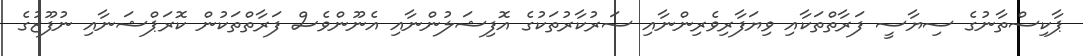
ޕާކިސްތާނުގެ ސިޔާސީ ފަރާތްތަކާއި ވިޔަފާރިވެރިންނާއި ސަރުކާރުތަކުގެ އޮފިޝަލުންނާއި އެނޫންވެސް ފަރާތްތަކުން ކޮރަޕްޝަނާއި ނުފޫޒުގެ